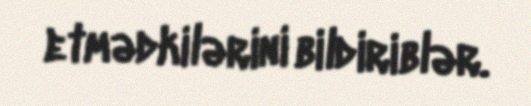
etmədkilərini bildiriblər.